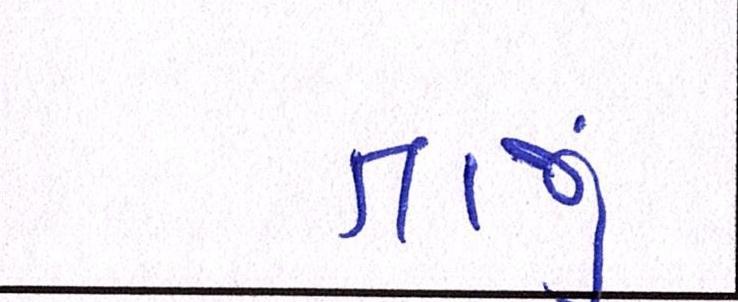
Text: તાજું